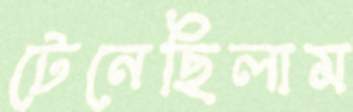
টেনেছিলাম